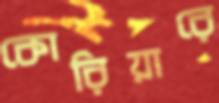
কোরিয়ারে